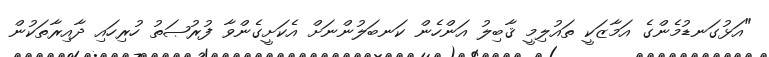
"އަޅުގަނޑުމެންގެ އަމާޒަކީ ތައުލިމީ ޤާބިލު އަންހެން ކަނބަލުންނަށް އެކަށީގެންވާ ފުރުޞަތު ހުރިހައި ދާއިރާތަކުން